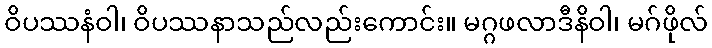
ဝိပဿနံဝါ၊ ဝိပဿနာသည်လည်းကောင်း။ မဂ္ဂဖလာဒီနိဝါ၊ မဂ်ဖိုလ်